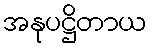
အနုပဋ္ဌိတာယ